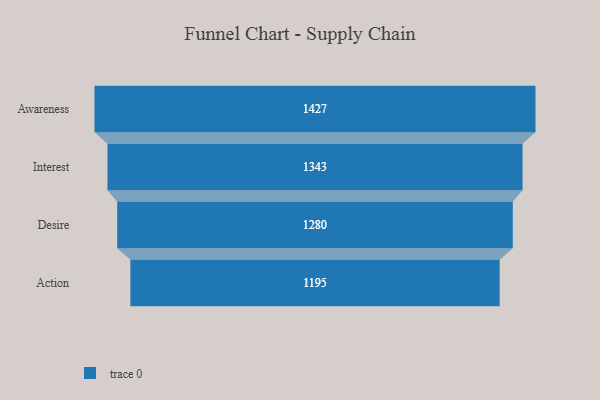
{"axis": {"x": "Stage", "y": "Value"}, "legend": [""], "data": [{"x": "Awareness", "y": 1427.0, "type": ""}, {"x": "Interest", "y": 1343.0, "type": ""}, {"x": "Desire", "y": 1280.0, "type": ""}, {"x": "Action", "y": 1195.0, "type": ""}]}